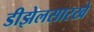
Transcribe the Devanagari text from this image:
डीझेलसारखे